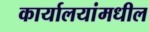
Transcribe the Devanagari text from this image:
कार्यालयांमधील